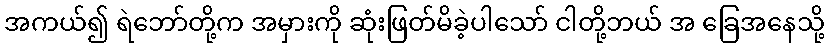
အကယ်၍ ရဲဘော်တို့က အမှားကို ဆုံးဖြတ်မိခဲ့ပါသော် ငါတို့ဘယ် အ ခြေအနေသို့